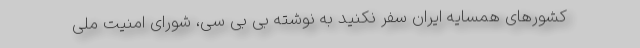
کشورهای همسایه ایران سفر نکنید به نوشته بی بی سی، شورای امنیت ملی